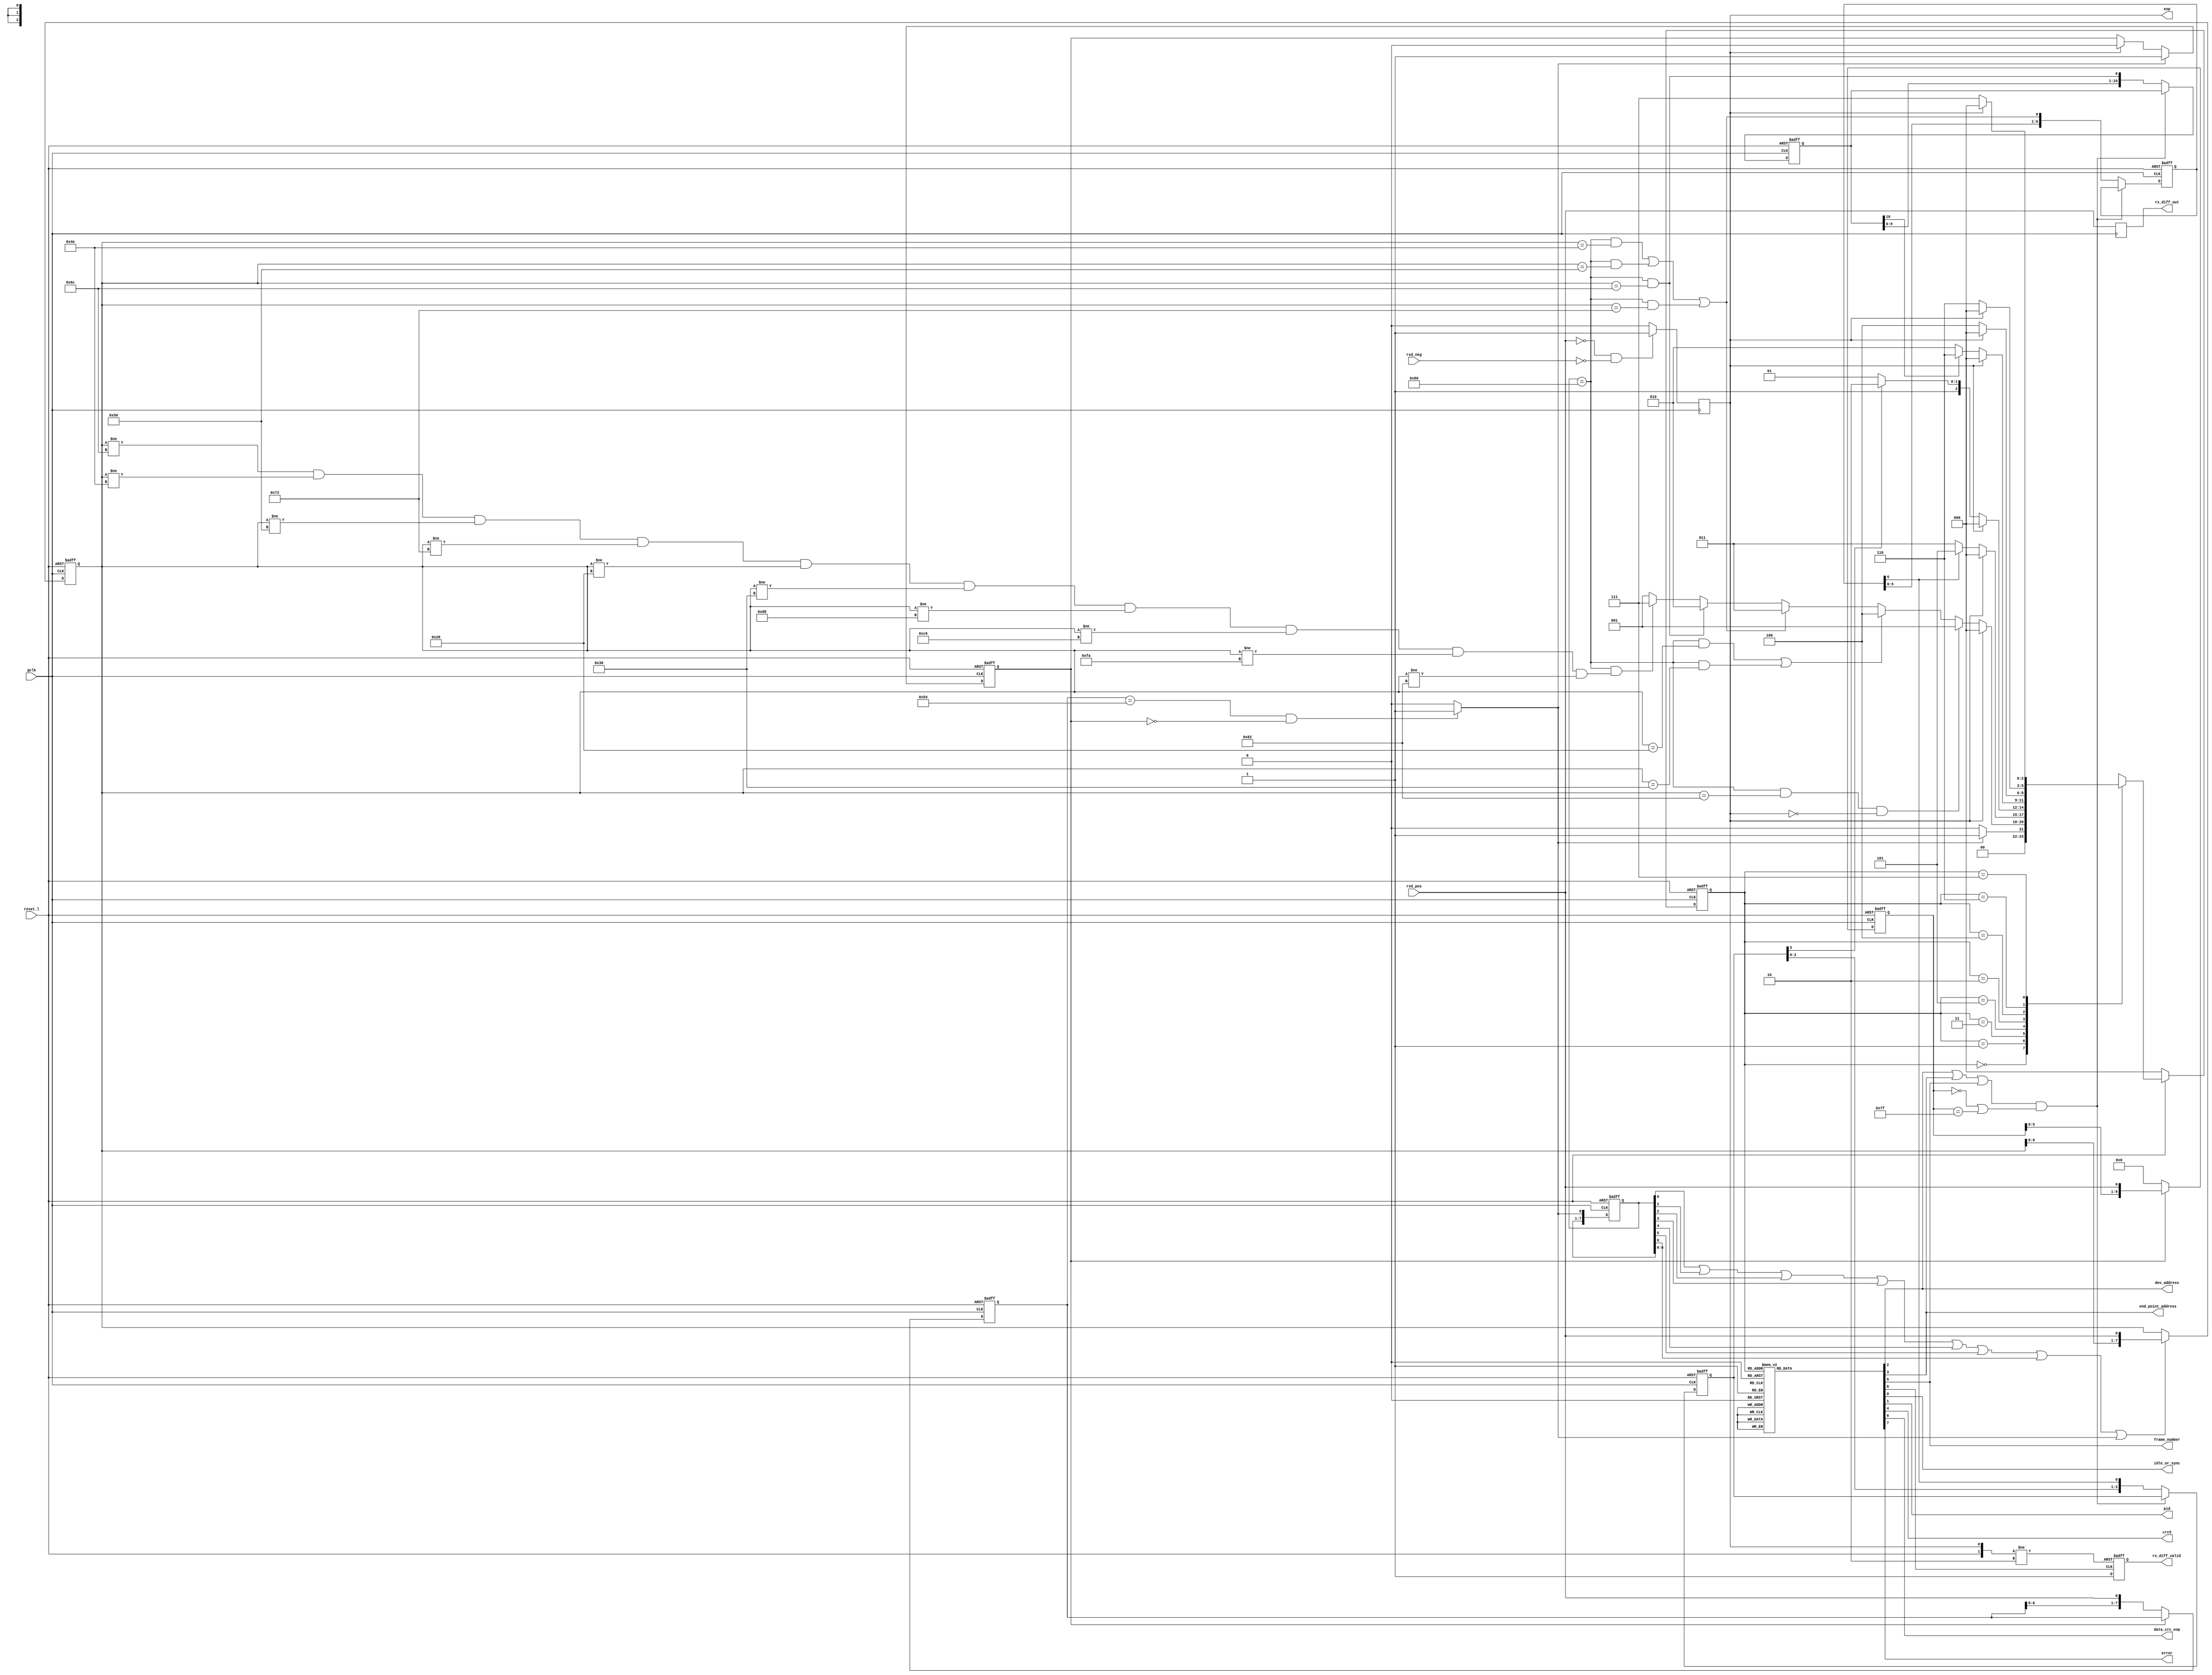
`timescale 1ns /10ps


`define SOF_PDI 8'hc6		//Packet ID symbols
`define IN_PDI 8'h4e
`define OUT_PDI 8'hbe
`define SETUP_PDI 8'h36
`define DATA0_PDI 8'h82
`define DATA1_PDI 8'h72
`define ACK_PDI 8'h9c
`define NAK_PDI 8'h6c
`define STALL_PDI 8'h14
`define PREAMBLE_PDI 8'h28

`define WAIT_FOR_PACKET 3'd0	//main state machine states
`define PID 3'd1
`define FRAME_NUMBER 3'd2
`define DEV_ADDRESS 3'd3
`define DATA_CRC16 3'd4
`define END_POINT_ADDRESS 3'd5
`define CRC5 3'd6
`define ERROR 3'd7


module rx_diff(gclk, reset_l, rxd_pos, rxd_neg, rx_diff_out, rx_diff_valid, idle_or_sync, pid,
               dev_address, end_point_address, crc5, frame_number, data_crc_eop, eop, error);

input gclk;			//global clock from the testbech
input reset_l;			//global reset from the testbench
output rx_diff_valid;		//data valid qualifier
output rx_diff_out;		//received data
output idle_or_sync;		//data qualifier
output pid;			//data qualifier
output dev_address;		//data qualifier
output end_point_address;	//data qualifier
output crc5;			//data qualifier
output frame_number;		//data qualifier
output data_crc_eop;		//data qualifier
output eop;		//data qualifier
output error;			//data qualifier

input rxd_pos;			//receive data positive out
input rxd_neg;			//receive data negative out

reg [7:0] sync_detect;		//sync word shift register
reg [7:0] pid_reg;		//packet ID shift register
wire sync_found;			//sync pattern detected, input to SM
reg packet_active;		//packet being received, disables sync detect
wire sof_pid;			//sof pid detected, input to SM
wire in_pid;			//in pid detected, input to SM
wire out_pid;			//out pid detected, input to SM
wire setup_pid;			//setup pid detected, input to SM
wire data0_pid;			//data0 pid detected, input to SM
wire data1_pid;			//data1 pid detected, input to SM
wire ack_pid;			//ack pid detected, input to SM
wire nak_pid;			//nak pid detected, input to SM
wire stall_pid;			//stall pid detected, input to SM
wire preamble_pid;		//preamble pid detected, input to SM
wire error_pid;			//error pid detected, input to SM
reg idle_or_sync;            //data qualifier
reg pid;                     //data qualifier
reg dev_address;             //data qualifier
reg end_point_address;       //data qualifier
reg crc5;                    //data qualifier
reg frame_number;            //data qualifier
reg data_crc_eop;            //data qualifier
reg eop;            //data qualifier
reg error;                   //data qualifier
reg [2:0] state;
reg [2:0] next_state;
reg [6:0] go_to_end_address;	//wait 7 bits in device address state
reg [3:0] go_to_address_crc;	//wait 4 bits in end address state
reg [10:0] go_to_frame_crc;	//wait 11 bits in frame number state
reg rx_diff_out;		//module output data
reg rx_diff_valid;		//module output data qualifier
reg rx_diff_valid_i;		//module output data qualifier
reg [7:0] shift_pid_reg;	//for PID decode
wire shift_pid_eb;		//for PID decode
reg [6:0] in_reg;               //holding input data to find a stuffed bit
wire delay_cycle;

always @(posedge gclk or negedge reset_l)
  if (!reset_l)
    in_reg <= #1 7'b1010101;
  else
    in_reg <= packet_active ? ({in_reg[5:0], rxd_pos}) : 7'b000000;
assign delay_cycle = (dev_address || end_point_address || frame_number) && ((in_reg == 7'b0000000) || (in_reg == 7'b1111111));

always @(posedge rx_diff_valid_i or posedge eop or negedge reset_l)
  if (!reset_l)
    rx_diff_valid <= #1 1'b0;
  else if (eop)
    rx_diff_valid <= #1 1'b0;
  else
    rx_diff_valid <= #1 1'b1;

/*loads the input serial data stream into an 8 bit shift register
  looking for a sync pattern (00000001 in binary or 01010100in nrzi).
  Once it finds it it generates sync_detect so the main state machine
  can transition from WAIT_FOR PACKET to the PID state.*/ 

always @(posedge gclk or negedge reset_l)
  if (!reset_l)
    sync_detect <= #1 8'b11111111;
  else if (!packet_active)
    sync_detect <= #1 {sync_detect[6:0], rxd_pos};

assign sync_found = ((sync_detect == 8'b01010100) & (!packet_active)) ? 1'b1 : 1'b0;

/*generates packet_active which disables the sync_detect logic. That way a sync
  pattern in the data of the packet will not set sync_detect. Packet_active
  is cleared at the end of the packet in the eopdetect task*/

always @(posedge gclk or negedge reset_l)
  if (!reset_l)
      packet_active <= #1 1'b0;
  else if (sync_found)
      packet_active <= #1 1'b1;
  else if (eop)
      packet_active <= #1 1'b0;

always @(posedge gclk)
  begin
    if (!rxd_pos && !rxd_neg)
      eop <= #1 1'b1;
    else
      eop <= #1 1'b0;
  end

// Decode the PID

always @(posedge gclk or negedge reset_l)
  if (!reset_l)
    shift_pid_reg <= #1 8'b00000000;
  else
  begin
    shift_pid_reg <= #1 {shift_pid_reg[6:0], sync_found};  
  end

assign  shift_pid_eb = (shift_pid_reg[0] || shift_pid_reg[1] || 
       shift_pid_reg[2] || shift_pid_reg[3] || shift_pid_reg[4] ||
       shift_pid_reg[5] || shift_pid_reg[6] );

always @(posedge gclk or negedge reset_l)
  if (!reset_l)
    pid_reg <= #1 8'b00000000;
  else if (shift_pid_eb || sync_found)
    pid_reg <= #1 {pid_reg[6:0], rxd_pos};

/*always @(posedge gclk or negedge reset_l)
  if (!reset_l) 
        begin
          sof_pid <= #1 1'b0;
          in_pid <= #1 1'b0;
          out_pid <= #1 1'b0;
          setup_pid <= #1 1'b0;
          data0_pid <= #1 1'b0;
          data1_pid <= #1 1'b0;
          ack_pid <= #1 1'b0;
          nak_pid <= #1 1'b0;
          stall_pid <= #1 1'b0;
          preamble_pid <= #1 1'b0;
          error_pid <= #1 1'b0;
        end
  //else if (!shift_pid_reg[6]) 
  else if (!shift_pid_reg[7]) //saswat
        begin
          sof_pid <= #1 1'b0;
          in_pid <= #1 1'b0;
          out_pid <= #1 1'b0;
          setup_pid <= #1 1'b0;
          data0_pid <= #1 1'b0;
          data1_pid <= #1 1'b0;
          ack_pid <= #1 1'b0;
          nak_pid <= #1 1'b0;
          stall_pid <= #1 1'b0;
          preamble_pid <= #1 1'b0;
          error_pid <= #1 1'b0;
        end 

  else
        begin
          case(pid_reg)
            8'h6c : sof_pid <= #1 1'b1;
            8'h4e : in_pid <= #1 1'b1;
            8'h50 : out_pid <= #1 1'b1;
            8'h72 : setup_pid <= #1 1'b1;
            8'h28 : data0_pid <= #1 1'b1;
            8'h36 : data1_pid <= #1 1'b1;
            8'hd8 : ack_pid <= #1 1'b1;
            8'hc6 : nak_pid <= #1 1'b1;
            8'hfa : stall_pid <= #1 1'b1;
            8'h82 : preamble_pid <= #1 1'b1;
            default : error_pid <= #1 1'b1;
          endcase
        end
*/

assign sof_pid      = (shift_pid_reg == 8'h80) && (pid_reg == 8'h6c);
assign in_pid       = (shift_pid_reg == 8'h80) && (pid_reg == 8'h4e);
assign out_pid      = (shift_pid_reg == 8'h80) && (pid_reg == 8'h50);
assign setup_pid    = (shift_pid_reg == 8'h80) && (pid_reg == 8'h72);
assign data0_pid    = (shift_pid_reg == 8'h80) && (pid_reg == 8'h28);
assign data1_pid    = (shift_pid_reg == 8'h80) && (pid_reg == 8'h36);
assign ack_pid      = (shift_pid_reg == 8'h80) && (pid_reg == 8'hd8);
assign nak_pid      = (shift_pid_reg == 8'h80) && (pid_reg == 8'hc6);
assign stall_pid    = (shift_pid_reg == 8'h80) && (pid_reg == 8'hfa);
assign preamble_pid = (shift_pid_reg == 8'h80) && (pid_reg == 8'h82);
assign error_pid    = (shift_pid_reg == 8'h80) && ((pid_reg != 8'h6c) 
                                                && (pid_reg != 8'h4e)
                                                && (pid_reg != 8'h50)
                                                && (pid_reg != 8'h72)
                                                && (pid_reg != 8'h28)
                                                && (pid_reg != 8'h36)
                                                && (pid_reg != 8'hd8)
                                                && (pid_reg != 8'hc6)
                                                && (pid_reg != 8'hfa)
                                                && (pid_reg != 8'h82));


always @(posedge gclk or negedge reset_l)
  if (!reset_l)
    go_to_frame_crc <= #1 11'b00000000000;
  else
    go_to_frame_crc <= #1 ~delay_cycle ? ({go_to_frame_crc[9:0], sof_pid}) : go_to_frame_crc;

always @(posedge gclk or negedge reset_l)
  if (!reset_l)
    go_to_end_address <= #1 7'b0000000;
  else
    go_to_end_address <= #1 ~delay_cycle ? ({go_to_end_address[5:0], (in_pid || out_pid || setup_pid)}) : go_to_end_address;

always @(posedge gclk or negedge reset_l)
  if (!reset_l)
    go_to_address_crc <= #1 4'b0000;
  else
    go_to_address_crc <= #1 ~delay_cycle ? ({go_to_address_crc[2:0], go_to_end_address[6]}) : go_to_address_crc;

always @(posedge gclk)
  rx_diff_out <= #1 rxd_pos;

always @(posedge gclk or negedge reset_l)
  if (!reset_l)
    state <= #1 `WAIT_FOR_PACKET;
  else
    state <= #1 next_state;

always @(state)
begin
  case(state)
    `WAIT_FOR_PACKET : begin
                         idle_or_sync <= #1 1'b1;
                         pid <= #1 1'b0;
                         dev_address <= #1 1'b0;
                         end_point_address <= #1 1'b0;
                         crc5 <= #1 1'b0;
                         frame_number <= #1 1'b0;
                         data_crc_eop <= #1 1'b0;
                         error <= #1 1'b0;
                         rx_diff_valid_i <= #1 1'b0;
                       end
    `PID : begin
                         idle_or_sync <= #1 1'b0;
                         pid <= #1 1'b1;
                         dev_address <= #1 1'b0;
                         end_point_address <= #1 1'b0;
                         crc5 <= #1 1'b0;
                         frame_number <= #1 1'b0;
                         data_crc_eop <= #1 1'b0;
                         error <= #1 1'b0;
                         rx_diff_valid_i <= #1 1'b1;
                       end
    `FRAME_NUMBER : begin
                         idle_or_sync <= #1 1'b0;
                         pid <= #1 1'b0;
                         dev_address <= #1 1'b0;
                         end_point_address <= #1 1'b0;
                         crc5 <= #1 1'b0;
                         frame_number <= #1 1'b1;
                         data_crc_eop <= #1 1'b0;
                         error <= #1 1'b0;
                         rx_diff_valid_i <= #1 1'b1;
                       end
    `DEV_ADDRESS : begin
                         idle_or_sync <= #1 1'b0;
                         pid <= #1 1'b0;
                         dev_address <= #1 1'b1;
                         end_point_address <= #1 1'b0;
                         crc5 <= #1 1'b0;
                         frame_number <= #1 1'b0;
                         data_crc_eop <= #1 1'b0;
                         error <= #1 1'b0;
                         rx_diff_valid_i <= #1 1'b1;
                       end
    `DATA_CRC16 : begin
                         idle_or_sync <= #1 1'b0;
                         pid <= #1 1'b0;
                         dev_address <= #1 1'b0;
                         end_point_address <= #1 1'b0;
                         crc5 <= #1 1'b0;
                         frame_number <= #1 1'b0;
                         data_crc_eop <= #1 1'b1;
                         error <= #1 1'b0;
                         rx_diff_valid_i <= #1 1'b1;
                       end
    `END_POINT_ADDRESS : begin
                         idle_or_sync <= #1 1'b0;
                         pid <= #1 1'b0;
                         dev_address <= #1 1'b0;
                         end_point_address <= #1 1'b1;
                         crc5 <= #1 1'b0;
                         frame_number <= #1 1'b0;
                         data_crc_eop <= #1 1'b0;
                         error <= #1 1'b0;
                         rx_diff_valid_i <= #1 1'b1;
                       end
    `CRC5 : begin
                         idle_or_sync <= #1 1'b0;
                         pid <= #1 1'b0;
                         dev_address <= #1 1'b0;
                         end_point_address <= #1 1'b0;
                         crc5 <= #1 1'b1;
                         frame_number <= #1 1'b0;
                         data_crc_eop <= #1 1'b0;
                         error <= #1 1'b0;
                         rx_diff_valid_i <= #1 1'b1;
                       end
    `ERROR : begin
                         idle_or_sync <= #1 1'b0;
                         pid <= #1 1'b0;
                         dev_address <= #1 1'b0;
                         end_point_address <= #1 1'b0;
                         crc5 <= #1 1'b0;
                         frame_number <= #1 1'b0;
                         data_crc_eop <= #1 1'b0;
                         error <= #1 1'b1;
                         rx_diff_valid_i <= #1 1'b1;
                       end

  endcase
end

always @(state or reset_l or sync_found or eop or preamble_pid 
        or data0_pid or data1_pid or in_pid or out_pid or setup_pid
        or sof_pid or error_pid or go_to_end_address[6] or go_to_address_crc[3]
        or go_to_frame_crc[10])
begin
  if(!reset_l)
    next_state <= #1 `WAIT_FOR_PACKET;
  else
    case (state)
      `WAIT_FOR_PACKET : if(sync_found == 1'b1)
                           next_state <= #1 `PID;
                         else
                           next_state <= #1 `WAIT_FOR_PACKET;
      `PID : if (eop)
                           next_state <= #1 `WAIT_FOR_PACKET;
                         else if (preamble_pid && !eop)
                           next_state <= #1 `PID;
                         else if (data0_pid || data1_pid)
                           next_state <= #1 `DATA_CRC16;
                         else if (in_pid || out_pid || setup_pid)
                           next_state <= #1 `DEV_ADDRESS;
                         else if (sof_pid)
                           next_state <= #1 `FRAME_NUMBER;
                         else if (error_pid)
                           next_state <= #1 `ERROR;
                         else
                           next_state <= #1 `PID;
      `DEV_ADDRESS : if (eop) 
                           next_state <= #1 `WAIT_FOR_PACKET;
                         else if (go_to_end_address[6])
                           next_state <= #1 `END_POINT_ADDRESS;
                         else
                           next_state <= #1 `DEV_ADDRESS;
      `END_POINT_ADDRESS : if (eop) 
                           next_state <= #1 `WAIT_FOR_PACKET;
                         else if (go_to_address_crc[3])
                           next_state <= #1 `CRC5;
                         else
                           next_state <= #1 `END_POINT_ADDRESS;
      `FRAME_NUMBER : if (eop) 
                           next_state <= #1 `WAIT_FOR_PACKET;
                         else if (go_to_frame_crc[10])
                           next_state <= #1 `CRC5;
                         else
                           next_state <= #1 `FRAME_NUMBER;
      `DATA_CRC16 : if (eop)
                           next_state <= #1 `WAIT_FOR_PACKET;
                         else
                           next_state <= #1 `DATA_CRC16;
      `CRC5 : if (eop)
                           next_state <= #1 `WAIT_FOR_PACKET;
                         else
                           next_state <= #1 `CRC5;
      `ERROR : if (eop)
                           next_state <= #1 `WAIT_FOR_PACKET;
                         else
                           next_state <= #1 `ERROR;
      default : next_state <= #1 `WAIT_FOR_PACKET;
    endcase
end



endmodule